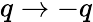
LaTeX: q\rightarrow-q